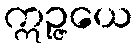
ဣဉ္ဇယေ